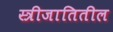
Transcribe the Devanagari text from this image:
स्त्रीजातितील